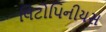
લિટોપિનીયસ